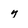
Character: y